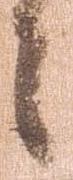
々